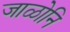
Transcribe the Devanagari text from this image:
जाळोनि